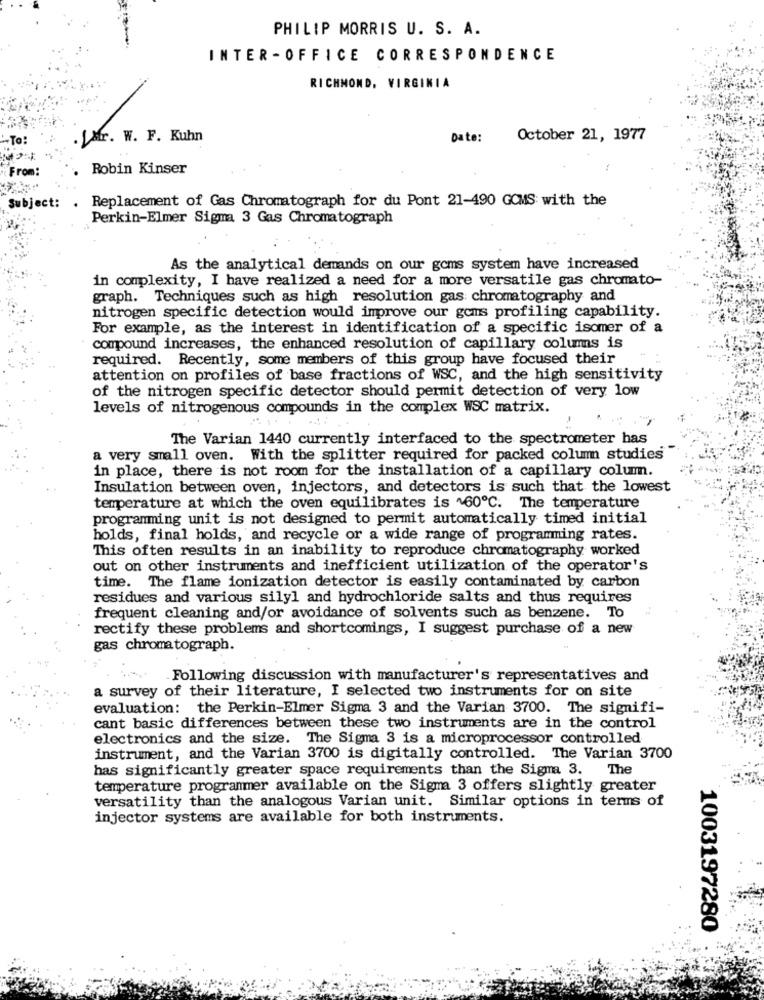
PHILIP MORRIS U. S. A.
INTER -OFFICE CORRESPONDENCE
RICHMOND, VIRGINIA
-To:
.LAr. W. F. Kuhn
Date:
October 21, 1977
From
Robin Kinser
. Replacement of Gas Chromatograph for du Pont 21-490 GCMS with the
Subject:
Perkin-Elmer Sigma 3 Gas Chromatograph
As the analytical demands on our goms system have increased
in complexity, I have realized a need for a more versatile gas chromato-
graph. Techniques such as high resolution gas chromatography and
nitrogen specific detection would improve our goms profiling capability.
For example, as the interest in identification of a specific isomer of a
compound increases, the enhanced resolution of capillary columns is
required. Recently, some members of this group have focused their
attention on profiles of base fractions of WSC, and the high sensitivity
of the nitrogen specific detector should permit detection of very low
levels of nitrogenous compounds in the complex WSC matrix.
The Varian 1440 currently interfaced to the spectrometer has
a very small oven. With the splitter required for packed column studies
in place, there is not room for the installation of a capillary colum.
Insulation between oven, injectors, and detectors is such that the lowest
temperature at which the oven equilibrates is ~60℃. The temperature
programming unit is not designed to permit automatically timed initial
holds, final holds, and recycle or a wide range of programming rates.
This often results in an inability to reproduce chromatography worked
out on other instruments and inefficient utilization of the operator's
time. The flame ionization detector is easily contaminated by carbon
residues and various silyl and hydrochloride salts and thus requires
frequent cleaning and/or avoidance of solvents such as benzene. To
rectify these problems and shortcomings, I suggest purchase of a new
gas chromatograph.
Following discussion with manufacturer's representatives and
a survey of their literature, I selected two instruments for on site
evaluation: the Perkin-Elmer Sigma 3 and the Varian 3700. The signifi-
cant basic differences between these two instruments are in the control
electronics and the size. The Sigma 3 is a microprocessor controlled
instrument, and the Varian 3700 is digitally controlled. The Varian 3700
has significantly greater space requirements than the Sigma 3. The
temperature programmer available on the Sigma 3 offers slightly greater
versatility than the analogous Varian unit. Similar options in terms of
injector systems are available for both instruments.
1003197280